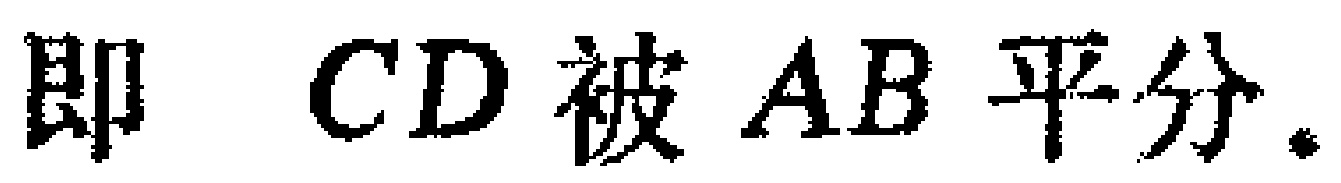
即 \(CD\) 被 \(AB\) 平分.